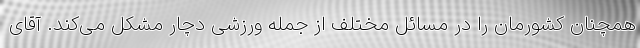
همچنان کشورمان را در مسائل مختلف از جمله ورزشی دچار مشکل می‌کند. آقای